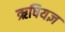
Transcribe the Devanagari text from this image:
ऋषियज्ञ